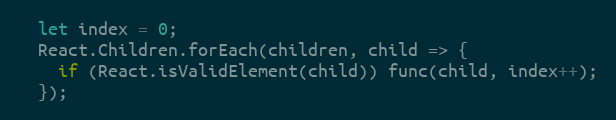
Language: JavaScript
  let index = 0;
  React.Children.forEach(children, child => {
    if (React.isValidElement(child)) func(child, index++);
  });